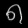
Digit: ၈